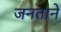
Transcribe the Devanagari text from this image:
जनताने